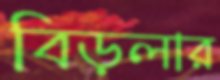
বিড়লার